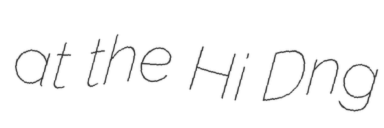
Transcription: at the Hải Dương